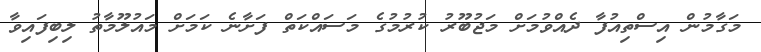
މަގާމުން އިސްތިއުފާ ދެއްވުމަށް މަޖުބޫރު ކުރުމުގެ މަސައްކަތް ފަށާނެ ކަމަށް މައުލޫމާތު ލިބިފައިވާ